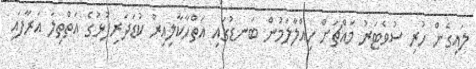
ލައިގެން ހުރި ސުވެޓަރު މައްޗަށް ހިއްލާލަމުން ބަނޑުގައި އަތްހާކާލިއިރު ކުޑަދަރިފުޅުގެ އަތްތިލަ އަރާފައި